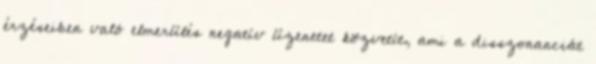
érzéseiben való elmerülés negatív üzenetet közvetít, ami a disszonanciát